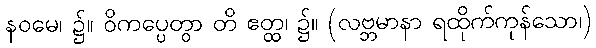
နဝမေ၊ ၌။ ဝိကပ္ပေတွာ တိ ဧတ္ထ၊ ၌။ (လဗ္ဘမာနာ ရထိုက်ကုန်သော၊)